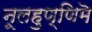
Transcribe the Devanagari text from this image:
नूलहुण्णिमॆ